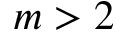
m > 2